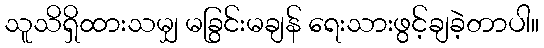
သူသိရှိထားသမျှ မခြွင်းမချန် ရေးသားဖွင့်ချခဲ့တာပါ။